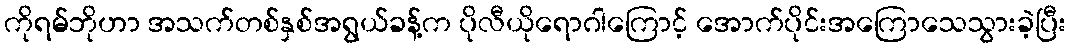
ကိုရမ်ဘိုဟာ အသက်တစ်နှစ်အရွယ်ခန့်က ပိုလီယိုရောဂါကြောင့် အောက်ပိုင်းအကြောသေသွားခဲ့ပြီး